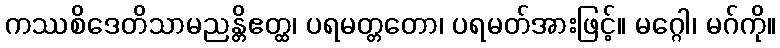
ကဿစိဒေတိသာမညန္တိဧတ္ထ၊ ပရမတ္တတော၊ ပရမတ်အားဖြင့်။ မဂ္ဂေါ၊ မဂ်ကို။